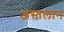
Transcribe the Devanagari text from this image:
अस्तलान